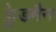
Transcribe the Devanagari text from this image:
फ़्रेडमैन